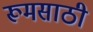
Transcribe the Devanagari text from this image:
रूमसाठी